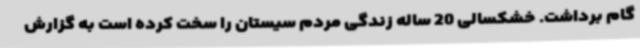
گام برداشت. خشکسالی 20 ساله زندگی مردم سیستان را سخت کرده است به گزارش